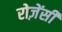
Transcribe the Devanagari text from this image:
रोज़ेंसी